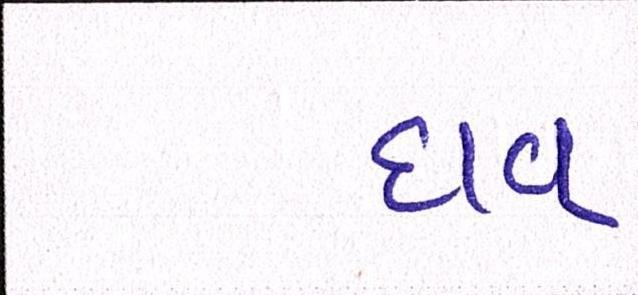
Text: દાવ